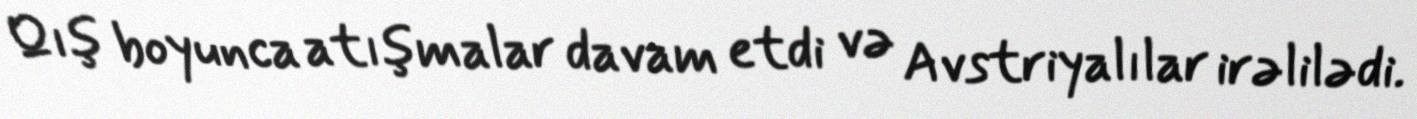
Qış boyunca atışmalar davam etdi və Avstriyalılar irəlilədi.